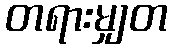
တရားမျှတ